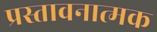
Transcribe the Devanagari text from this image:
प्रस्तावनात्मक